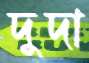
দুদা